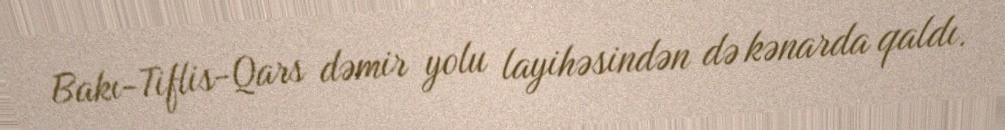
Bakı-Tiflis-Qars dəmir yolu layihəsindən də kənarda qaldı.